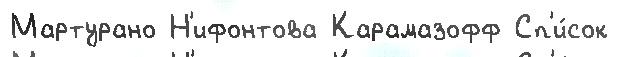
Мартурано Н'ифонтова Карамазофф Сп'и́сок